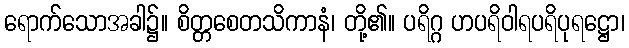
ရောက်သောအခါ၌။ စိတ္တစေတသိကာနံ၊ တို့၏။ ပရိဂ္ဂ ဟပရိဝါရပရိပုရဋ္ဌော၊